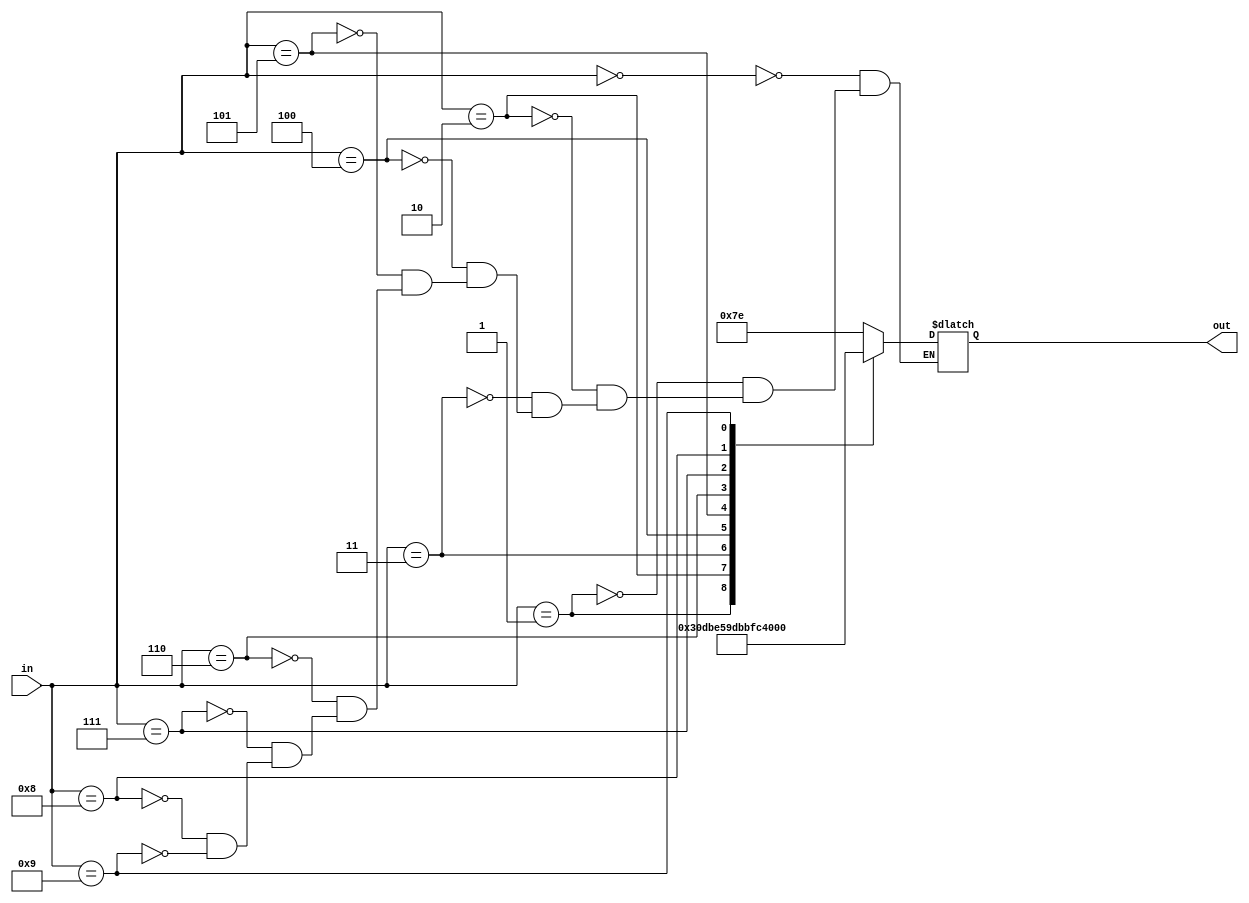
`timescale 1ns / 1ps
//////////////////////////////////////////////////////////////////////////////////
// Company: 
// Engineer: 
// 
// Design Name: 
// Module Name:    decofer 
// Project Name: 
// Target Devices: 
// Tool versions: 
// Description: 
//
// Dependencies: 
//
// Revision: 
// Revision 0.01 - File Created
// Additional Comments: 
//
//////////////////////////////////////////////////////////////////////////////////
module decoder(in, out);
input [3:0] in;
output reg [6:0] out;


always @ (in)begin
case (in)

4'b0000:
	out = 7'b1111110;

4'b0001:
	out = 7'b0110000;

4'b0010:
	out = 7'b1101101;

4'b0011:
	out = 7'b1111001;

4'b0100:
	out = 7'b0110011;

4'b0101:
	out = 7'b1011011;

4'b0110:
	out = 7'b1011111;

4'b0111:
	out = 7'b1110000;

4'b1000:
	out = 7'b1111111;

4'b1001:
	out = 7'b1111011;



endcase

end




endmodule